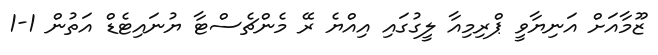
ޒޫމާއަށް އަނިޔާވީ ޕްރިމިއާ ލީގުގައި އިއްޔެ ރޭ މެންޗެސްޓާ ޔުނައިޓެޑް އަތުން 1-1